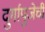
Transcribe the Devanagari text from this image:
दुर्गापुजेची